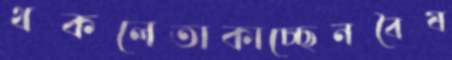
থকলেতাকাচ্ছেনবৈষ